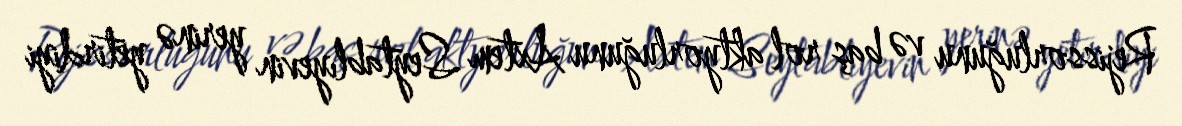
Rejissorluğunu və baş rol aktyorluğunu Axtem Seytablıyevin yerinə yetirdiyi